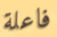
فاعلة